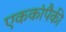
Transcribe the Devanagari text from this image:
एककांपैकी